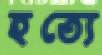
হত্যে